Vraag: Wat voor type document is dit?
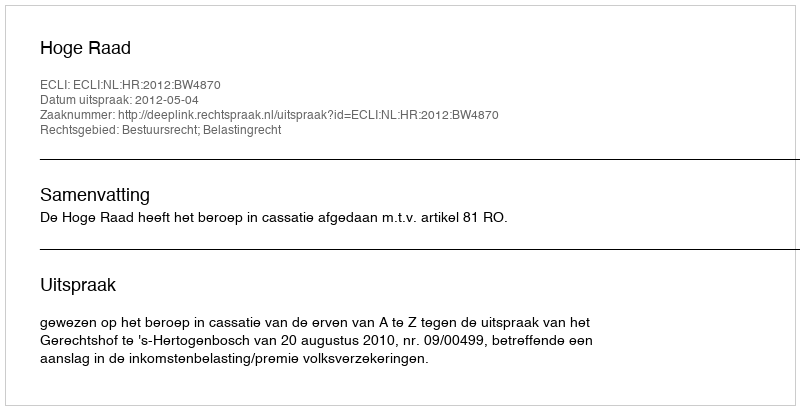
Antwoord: Uitspraak